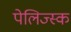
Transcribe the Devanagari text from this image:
पेलिज्स्क